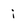
Character: i